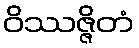
ဝိဿဇ္ဇိတံ